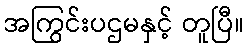
အကြွင်းပဌမနှင့် တူပြီ။